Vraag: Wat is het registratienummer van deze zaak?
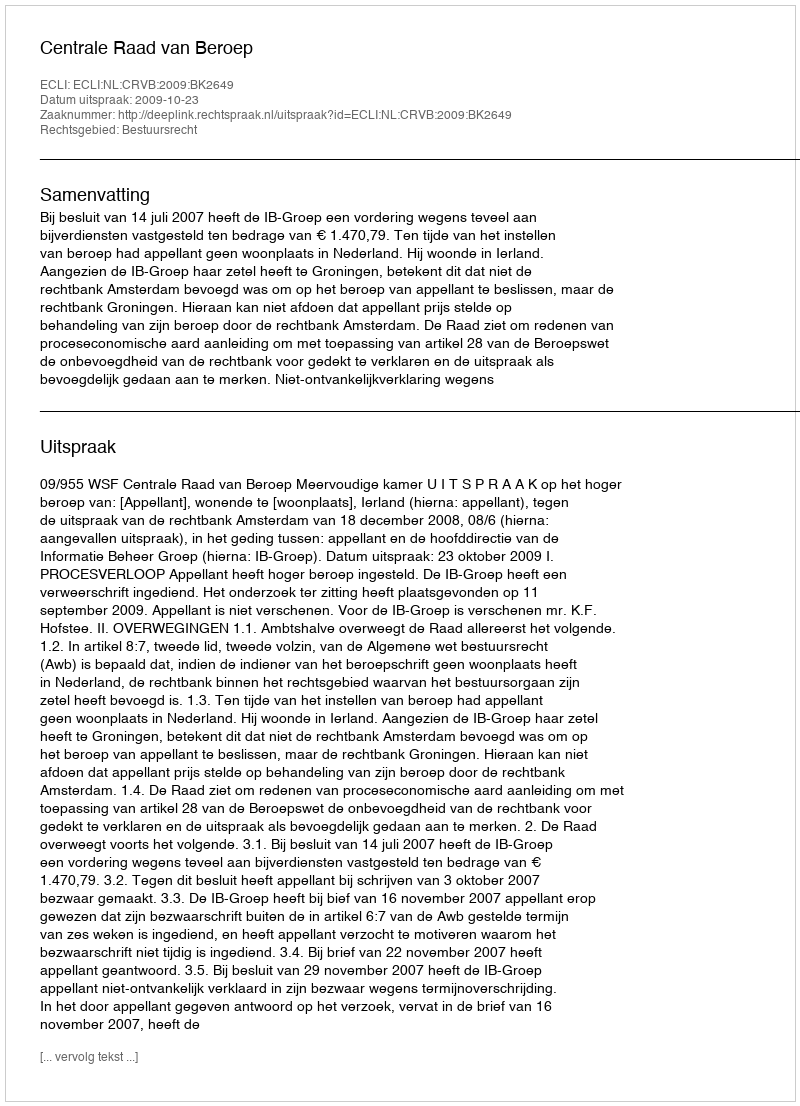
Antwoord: http://deeplink.rechtspraak.nl/uitspraak?id=ECLI:NL:CRVB:2009:BK2649